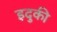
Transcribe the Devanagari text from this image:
इदुकी